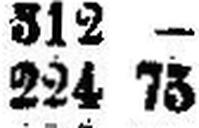
224 75